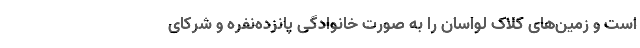
است و زمین‌های کلاک لواسان را به‌ صورت خانوادگی پانزده‌نفره و شرکای